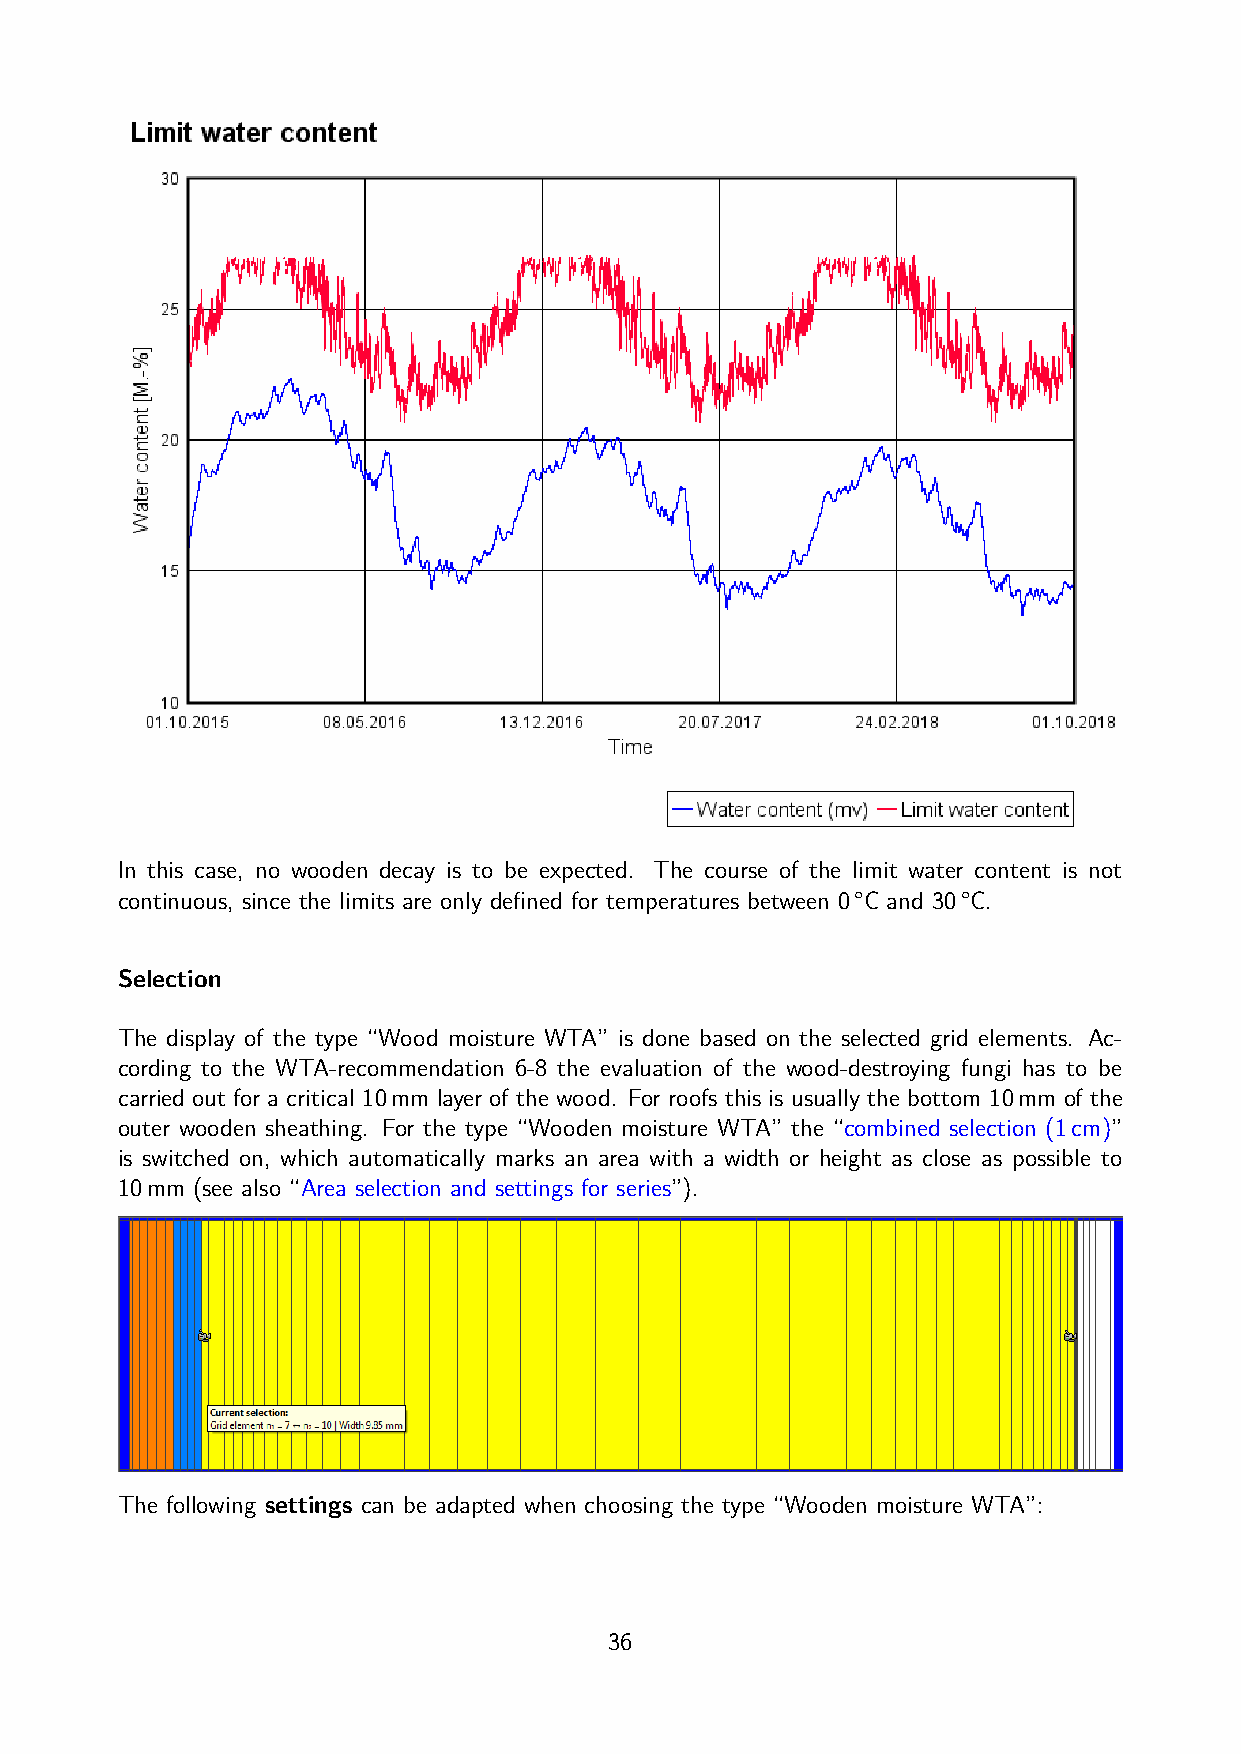
In this case, no wooden decay is to be expected. The course of the limit water content is not
 continuous, since the limits are only defined for temperatures between 0°C and 30°C.
 Selection
 The display of the type “Wood moisture WTA” is done based on the selected grid elements. Ac-
 cording to the WTA-recommendation 6-8 the evaluation of the wood-destroying fungi has to be
 carried out for a critical 10mm layer of the wood. For roofs this is usually the bottom 10mm of the
 outer wooden sheathing. For the type “Wooden moisture WTA” the “combined selection (1cm)”
 is switched on, which automatically marks an area with a width or height as close as possible to
 10mm (see also “Area selection and settings for series”).
 The following settings can be adapted when choosing the type “Wooden moisture WTA”:
 36